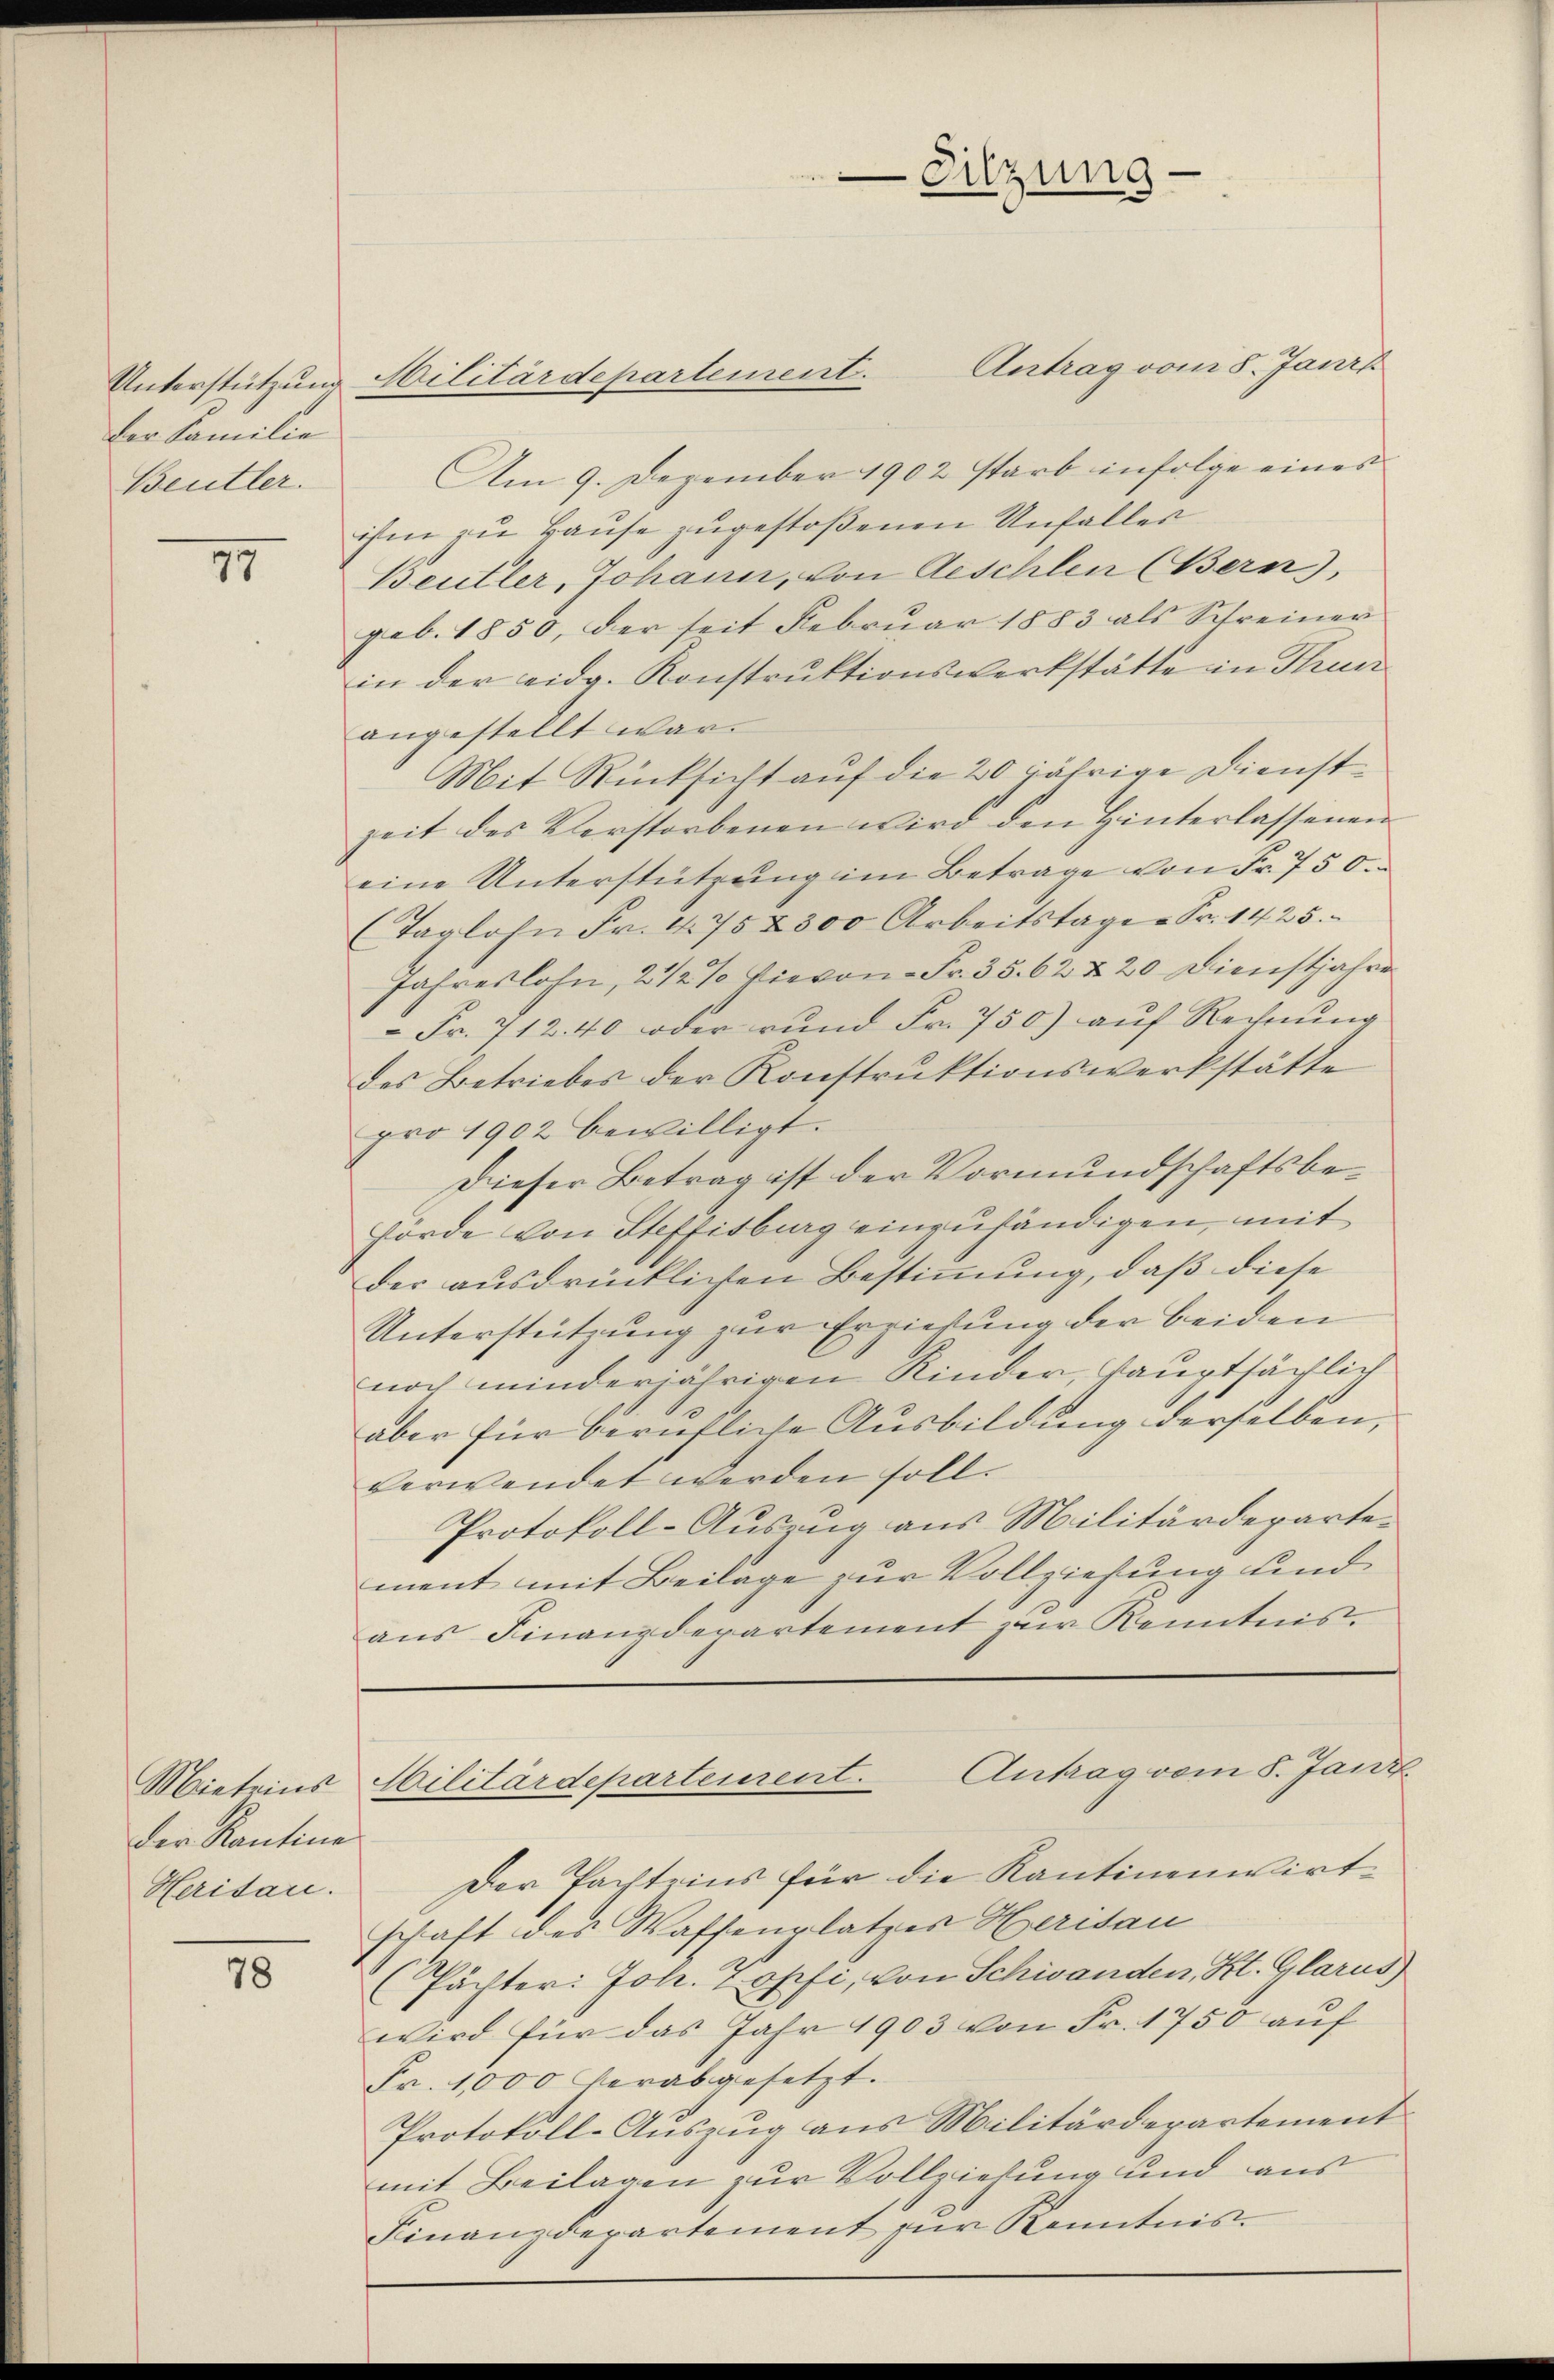
Der Familie
Beutter.

17

Mieteins
der Kantine
Heridare.

78

Antrag vom 8. Janis
Am 9. Dezember 1902 starb infolge eines
ihm zu Hause zugestoßenen Unfaller
Beuler, Johann, von Aeschlen (Bern),
geb. 1850, der seit Febrŭar 1883 als Schreiner
in der eidg. Konstruktionswerkstätte in Thur
angestellt war.
Mit Rücksicht auf die 20 jährige Dienstzeit des Verstorbenen wird den Hinterlassenen
eine Unterstützung im Betrage von Fr. 750.
(Taglohn Fr. 475 & 300 Arbeitstage - Fr. 1425.
Jahreslohn, 2 1/2 % hievon - Fr. 35. 62 & 20 Dienstjahre
 Fr. 712. 40 oder rund Fr. 750) auf Rechnŭng
des Betriebes der Konstruktionswerkstätte
pro 1902 bewilligt.
Dieser Betrag ist der Vormundschaftsbe¬
Hörde von Steffisburg einzuhändigen, mit
der ausdrücklichen Bestimmung, daß diese
Unterstützung zur Erziehung der beiden
noch minderjährigen Kinder, Hauptsächlich
aber für berufliche Ausbildung derselben,
verwendet werden soll.
Protokoll-Auszug aus Militärdepartement mit Beilage zur Vollziehung und
aus Finanzdepartement zur Kenntnis.

Unterstützung Militärdepartement.

Der Pachteins für die Kantinenwirtschaft des Waffenplatzer Herisau
(Pächter: Joh. Topfi, von Schwanden, Kt. Glarus)
wird für das Jahr 1903 von Fr. 1750 auf
Fr. 1000 verabgesetzt.
Protokoll-Auszug aus Militärdepartement
mit Beilagen zur Vollziehung und aus
Finanzdepartement zur Kenntnis

-Sitzung

Ailitärdeparteierent. Antrag vom 5. Janz